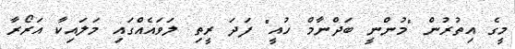
މީގެ އިތުރުން "މުންނީ ބަދްނާމް ހުއީ" ފަދަ ރީތި ލަވައެއްގައި މަލައިކާ އަރޯރާ